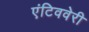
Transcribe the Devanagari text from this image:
एंटिववेरी